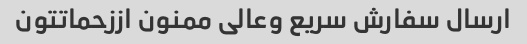
ارسال سفارش سریع وعالی ممنون اززحماتتون